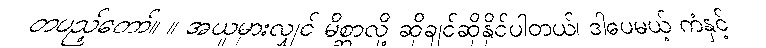
တပည့်တော်။ ။ အယူမှားလျှင် မိစ္ဆာလို့ ဆိုချင်ဆိုနိုင်ပါတယ်၊ ဒါပေမယ့် ကံနှင့်